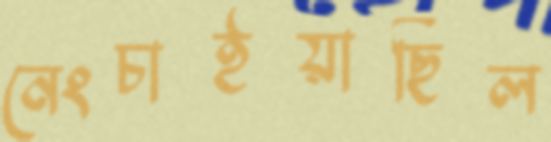
নেংচাইয়াছিল